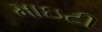
માઇટી